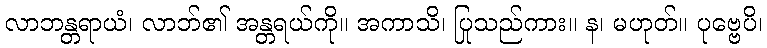
လာဘန္တရာယံ၊ လာဘ်၏ အန္တရယ်ကို။ အကာသိ၊ ပြုသည်ကား။ န၊ မဟုတ်။ ပုဗ္ဗေပိ၊